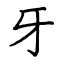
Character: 牙